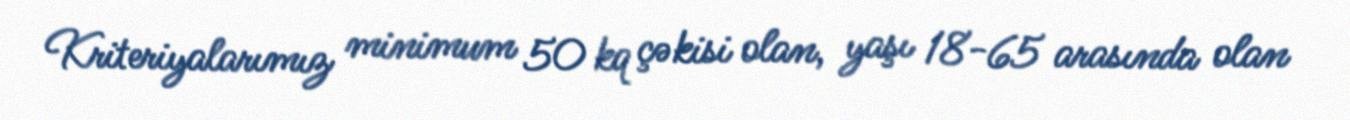
Kriteriyalarımız minimum 50 kq çəkisi olan, yaşı 18-65 arasında olan